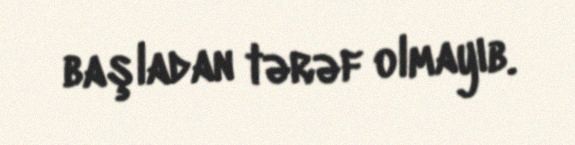
başladan tərəf olmayıb.